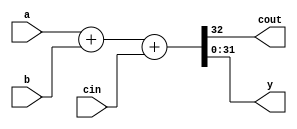
`timescale 1ns / 1ps
//////////////////////////////////////////////////////////////////////////////////
// Company: 
// Engineer: 
// 
// Design Name: 
// Module Name: Adder
// Project Name: 
// Target Devices: 
// Tool Versions: 
// Description: 
// 
// Dependencies: 
// 
// Revision:
// Revision 0.01 - File Created
// Additional Comments:
// 
//////////////////////////////////////////////////////////////////////////////////

module Adder (input wire cin,
              input [31:0] a, b,
              output cout,
              output [31:0] y);
    assign {cout,y} = a+b+cin;
endmodule